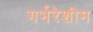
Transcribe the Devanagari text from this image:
गर्भरेशीम